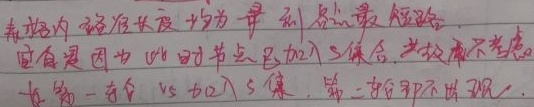
根据内容长度少为一到多则最短，有时是因为 UV 时节点只加入 S 集合，共根本不考虑长第一部分 vs 加入 S 集，第二部分不出现。